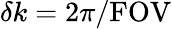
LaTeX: \delta k=2\pi/\mathrm{FOV}